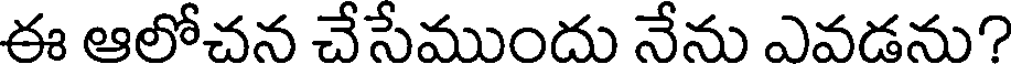
ఈ ఆలోచన చేసేముందు నేను ఎవడను?